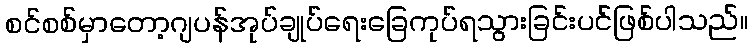
စင်စစ်မှာတော့ဂျပန်အုပ်ချုပ်ရေးခြေကုပ်ရသွားခြင်းပင်ဖြစ်ပါသည်။